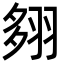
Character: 翗